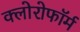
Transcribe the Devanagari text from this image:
क्‍लोरोफॉर्म